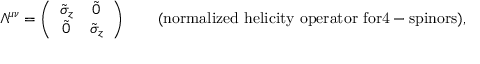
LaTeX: \Lambda ^ { \mu \nu } = \left( \begin{array} { l l } { { \tilde { \sigma } _ { z } } } & { { \, \tilde { 0 } } } \\ { { \, \tilde { 0 } } } & { { \tilde { \sigma } _ { z } } } \end{array} \right) \qquad \mathrm { ( n o r m a l i z e d ~ h e l i c i t y ~ o p e r a t o r ~ f o r 4 - s p i n o r s ) , }